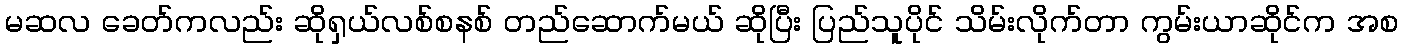
မဆလ ခေတ်ကလည်း ဆိုရှယ်လစ်စနစ် တည်ဆောက်မယ် ဆိုပြီး ပြည်သူပိုင် သိမ်းလိုက်တာ ကွမ်းယာဆိုင်က အစ